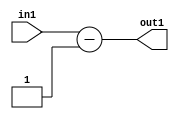
`timescale 1ps / 1ps
/*****************************************************************************
    Verilog RTL Description
    
    
    Created by: Stratus DpOpt 2019.1.01 
*******************************************************************************/

module st_feature_addr_gen_Subi1u11_1 (
	in1,
	out1
	); /* architecture "behavioural" */ 
input [10:0] in1;
output [11:0] out1;
wire [11:0] asc001;

assign asc001 = 
	+(in1)
	-(12'B000000000001);

assign out1 = asc001;
endmodule

/* CADENCE  ubHyTgw= : u9/ySgnWtBlWxVPRXgAZ4Og= ** DO NOT EDIT THIS LINE ******/